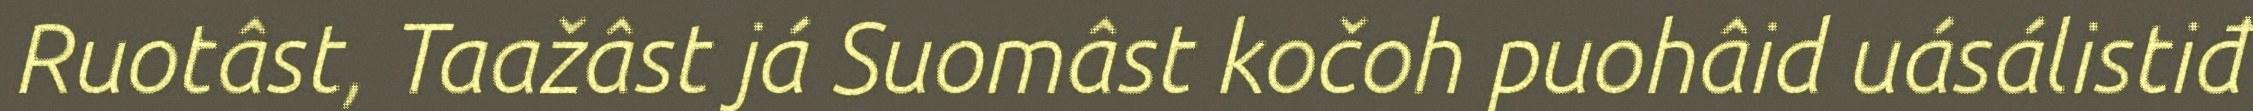
Ruotâst, Taažâst já Suomâst kočoh puohâid uásálistiđ